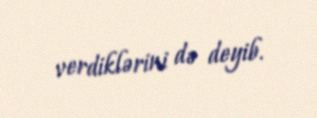
verdiklərini də deyib.